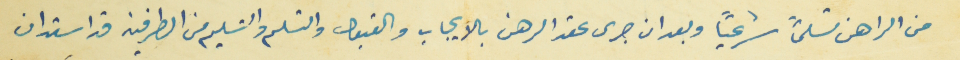
من الراهن تسلماً شرعياً وبعد ان جرى عقد الرهن بالايجاب والقبول والتسلم والتسليم من الطرفين قد استدان